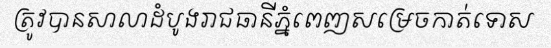
ត្រូវបានសាលាដំបូងរាជធានីភ្នំពេញសម្រេចកាត់ទោស